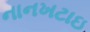
નાનખટાઇ